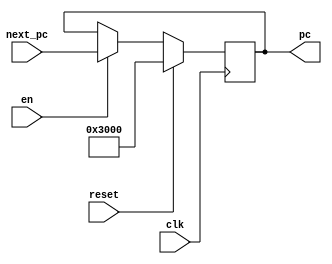
`timescale 1ns / 1ps
//////////////////////////////////////////////////////////////////////////////////
// Company: 
// Engineer: 
// 
// Design Name: 
// Module Name:    pc 
// Project Name: 
// Target Devices: 
// Tool versions: 
// Description: 
//
// Dependencies: 
//
// Revision: 
// Revision 0.01 - File Created
// Additional Comments: 
//
//////////////////////////////////////////////////////////////////////////////////
module pc(
    input clk,
    input reset,
	 input en,
	 input[31:0] next_pc,
    output reg[31:0] pc
    );

	initial begin
		pc<=32'h00003000;
	end
	always@(posedge clk) begin
		if(reset) begin
			pc <= 32'h00003000;
		end
		else if(en) begin
			pc <= next_pc;
		end
		else begin
			pc <= pc;
		end
	end
endmodule